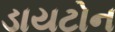
ડાયટોન